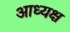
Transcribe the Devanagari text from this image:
आध्यक्ष